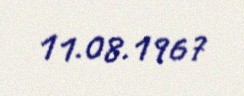
11.08.1967